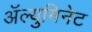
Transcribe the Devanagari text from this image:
अॅल्युमिनेट